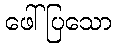
ဖေါ်ပြသော